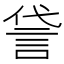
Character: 𫌸